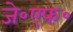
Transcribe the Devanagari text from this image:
जे॰एफ॰